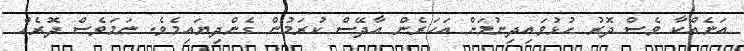
އަނެއްކާ ވެސް ދޮރު ހުޅުވައިދިނުމަށް އަހަރެން އާދޭސް ކުރަމުން ގެންދިޔައިމެވެ. ނަމަވެސް ދޮރެއް